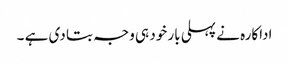
اداکارہ نے پہلی بار خود ہی وجہ بتا دی ہے ۔